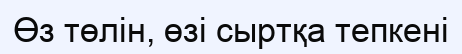
Өз төлін, өзі сыртқа тепкені